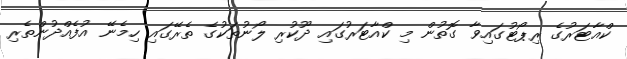
ކްއާޓަރުގެ ރިޕޯޓުގައިވާ ގޮތުން މި ކްއާޓަރުގައި ދޫކުރި ލޯނުތަކުގެ ތެރޭގައި ހިމެނޭ އުފެއްދުންތެރި